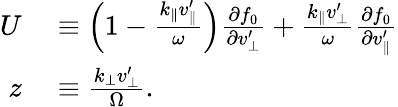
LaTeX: \begin{array}{rl}{U}&{{}\equiv\left(1-\frac{k_{\parallel}v_{\parallel}^{\prime}}{\omega}\right)\frac{\partial f_{0}}{\partial v_{\perp}^{\prime}}+\frac{k_{\parallel}v_{\perp}^{\prime}}{\omega}\frac{\partial f_{0}}{\partial v_{\parallel}^{\prime}}}\\ {z}&{{}\equiv\frac{k_{\perp}v_{\perp}^{\prime}}{\Omega}.}\end{array}